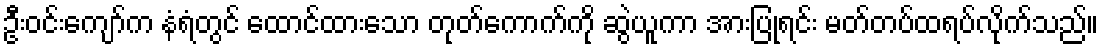
ဦးဝင်းကျော်က နံရံတွင် ထောင်ထားသော တုတ်ကောက်ကို ဆွဲယူကာ အားပြုရင်း မတ်တပ်ထရပ်လိုက်သည်။